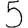
Digit: 5